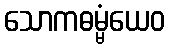
သောကဓမ္မံယေဝ